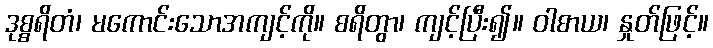
ဒုစ္စရိတံ၊ မကောင်းသောအကျင့်ကို။ စရိတွာ၊ ကျင့်ပြီး၍။ ဝါစာယ၊ နှုတ်ဖြင့်။